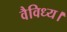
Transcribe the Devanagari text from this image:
वैविध्य।